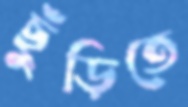
ছুঁড়িতে